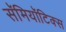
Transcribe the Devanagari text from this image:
सॅमियॉटिक्स